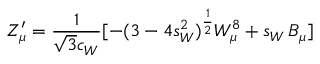
Z _ { \mu } ^ { \prime } = \frac { 1 } { \sqrt 3 c _ { W } } [ - ( 3 - 4 s _ { W } ^ { 2 } ) ^ { \frac { 1 } { 2 } } W _ { \mu } ^ { 8 } + s _ { W } \, B _ { \mu } ]